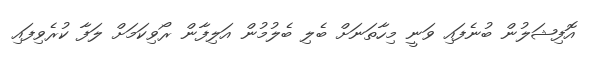
އޮފިޝަލުން ބުނެފައި ވަނީ މިހާތަނަށް ބެލި ބެލުމުން އަލިފާން ރޯވިކަމަށް ލަފާ ކުރެވިފައި